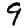
Digit: 9